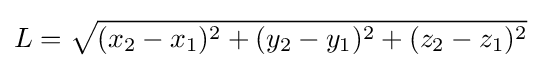
L={\sqrt {(x_{2}-x_{1})^{2}+(y_{2}-y_{1})^{2}+(z_{2}-z_{1})^{2}}}